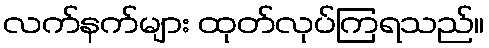
လက်နက်များ ထုတ်လုပ်ကြရသည်။